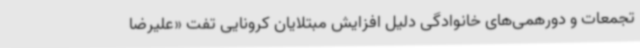
تجمعات و دورهمی‌های خانوادگی دلیل افزایش مبتلایان کرونایی تفت «علیرضا